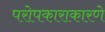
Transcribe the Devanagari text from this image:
परोपकाराकारणे